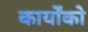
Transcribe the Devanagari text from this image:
कार्योंको